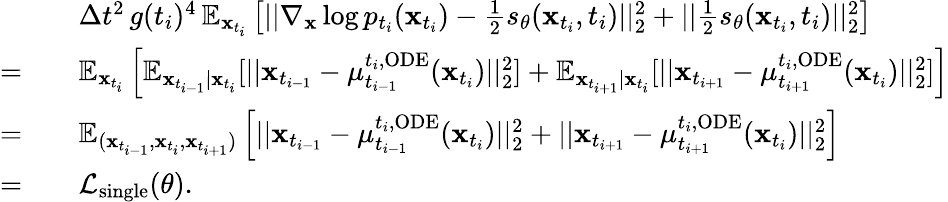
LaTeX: \begin{array}{rl}&{\quad\Delta t^{2}\, g(t_{i})^{4}\, \mathbb{E}_{\mathbf{x}_{t_{i}}}\left[||\nabla_{\mathbf{x}}\log p_{t_{i}}(\mathbf{x}_{t_{i}})-\frac{1}{2}s_{\theta}(\mathbf{x}_{t_{i}},t_{i})||_{2}^{2}+||\frac{1}{2}s_{\theta}(\mathbf{x}_{t_{i}},t_{i})||_{2}^{2}\right]}\\ {=}&{\quad\mathbb{E}_{\mathbf{x}_{t_{i}}}\left[\mathbb{E}_{\mathbf{x}_{t_{i-1}}|\mathbf{x}_{t_{i}}}[||\mathbf{x}_{t_{i-1}}-\mu_{t_{i-1}}^{t_{i},\mathrm{ODE}}(\mathbf{x}_{t_{i}})||_{2}^{2}]+\mathbb{E}_{\mathbf{x}_{t_{i+1}}|\mathbf{x}_{t_{i}}}[||\mathbf{x}_{t_{i+1}}-\mu_{t_{i+1}}^{t_{i},\mathrm{ODE}}(\mathbf{x}_{t_{i}})||_{2}^{2}]\right]}\\ {=}&{\quad\mathbb{E}_{(\mathbf{x}_{t_{i-1}},\mathbf{x}_{t_{i}},\mathbf{x}_{t_{i+1}})}\left[||\mathbf{x}_{t_{i-1}}-\mu_{t_{i-1}}^{t_{i},\mathrm{ODE}}(\mathbf{x}_{t_{i}})||_{2}^{2}+||\mathbf{x}_{t_{i+1}}-\mu_{t_{i+1}}^{t_{i},\mathrm{ODE}}(\mathbf{x}_{t_{i}})||_{2}^{2}\right]}\\ {=}&{\quad\mathcal{L}_{\mathrm{single}}(\theta).}\end{array}